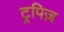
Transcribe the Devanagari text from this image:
ट्रपिज़